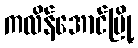
ကလိန်အောင်မြို့